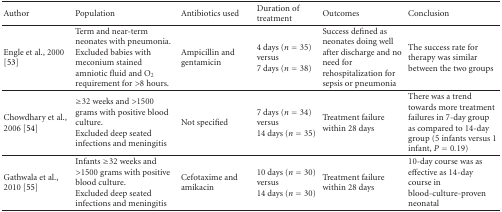
<table><thead><tr><td><b> Author</b></td><td><b>Population</b></td><td><b>Antibiotics used</b></td><td><b>Duration of treatment</b></td><td><b>Outcomes</b></td><td><b>Conclusion</b></td></tr></thead><tbody><tr><td>Engle et al., 2000 [53]</td><td>Term and near-term neonates with pneumonia. Excluded babies with meconium stained amniotic fluid and O<sub>2</sub> requirement for &gt;8 hours.</td><td>Ampicillin and gentamicin</td><td>4 days (<i>n</i> = 35) versus 7 days (<i>n</i> = 38)</td><td>Success defined as neonates doing well after discharge and no need for rehospitalization for sepsis or pneumonia</td><td>The success rate for therapy was similar between the two groups </td></tr><tr><td>Chowdhary et al., 2006 [54]</td><td>≥32 weeks and &gt;1500 grams with positive blood culture. Excluded deep seated infections and meningitis</td><td>Not specified</td><td>7 days (<i>n</i> = 34) versus 14 days (<i>n</i> = 35)</td><td>Treatment failure within 28 days</td><td>There was a trend towards more treatment failures in 7-day group as compared to 14-day group (5 infants versus 1 infant, <i>P</i> = 0.19) </td></tr><tr><td>Gathwala et al., 2010 [55]</td><td>Infants ≥32 weeks and &gt;1500 grams with positive blood culture. Excluded deep seated infections and meningitis</td><td>Cefotaxime and amikacin</td><td>10 days (<i>n</i> = 30) versus 14 days (<i>n</i> = 30)</td><td>Treatment failure within 28 days</td><td>10-day course was as effective as 14-day course in blood-culture-proven neonatal</td></tr></tbody></table>